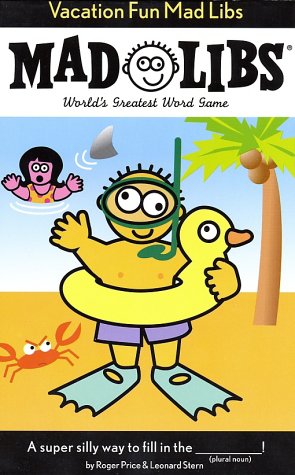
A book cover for Vacation Fun Mad Libs; Roger Price; Children's Books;